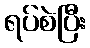
ရပ်စဲပြီး